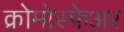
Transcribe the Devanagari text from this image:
क्रोमोस्फेअर